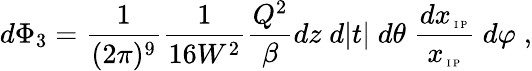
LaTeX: d\Phi_{3}=\frac{1}{(2\pi)^{9}}\frac{1}{16W^{2}}\frac{Q^{2}}{\beta}dz\; d|t|\; d\theta\; \frac{dx_{\mathrm{\tiny~I~\! ~P}}}{x_{\mathrm{\tiny~I~\! ~P}}}\; d\varphi\; ,